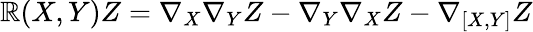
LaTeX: \mathbb{R}(X,Y)Z=\nabla_{X}\nabla_{Y}Z-\nabla_{Y}\nabla_{X}Z-\nabla_{[X,Y]}Z